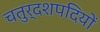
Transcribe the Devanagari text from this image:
चतुर्दशपदियों